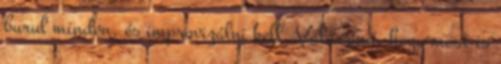
burul minden, és improvizálni kell. Valószínű, hogy most is